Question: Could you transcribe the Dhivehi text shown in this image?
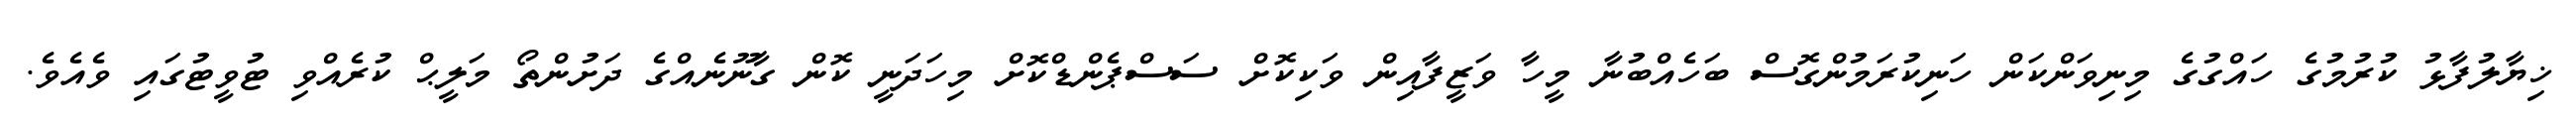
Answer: ޚިޔާލުފާޅު ކުރުމުގެ ހައްގުގެ މިނިވަންކަން ހަނިކުރަމުންގޮސް ބަހެއްބުނާ މީހާ ވަޒީފާއިން ވަކިކޮށް ސަސްޕެންޑްކޮށް މިހަދަނީ ކޮން ގާނޫނެއްގެ ދަށުންތޯ މަލީޙް ކުރެއްވި ޓުވީޓުގައި ވެއެވެ.